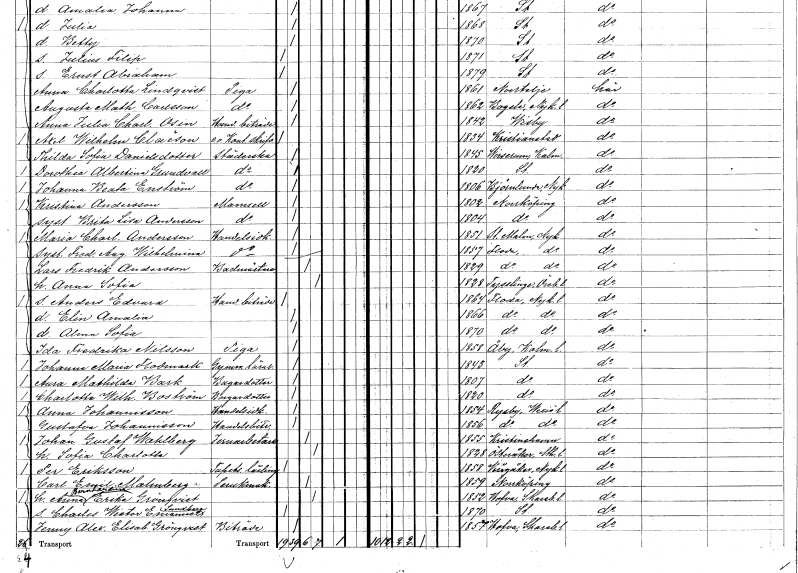
gt_parse: households: individuals: FN: Kristina
EN: Andersson
KON: K
CIV: O
FODAR: 1802
FODFORS: Norrköping Östergötlands län
FN: Brita Lisa
EN: Andersson
KON: K
CIV: O
FODAR: 1804
FODFORS: Norrköping Östergötlands län
FN: Maria Charlotta
EN: Andersson
YRKE: Handelsidkare
KON: K
CIV: O
FODAR: 1851
FODFORS: Stora Malm Södermanlands län
FN: Fredrika Augusta Wilhelmina
YRKE: Handelsidkare
KON: K
CIV: O
FODAR: 1857
FODFORS: Floda Södermanlands län
FN: Lars Fredrik
EN: Andersson
YRKE: Badmästare
KON: M
CIV: G
FODAR: 1829
FODFORS: Floda Södermanlands län
FN: Anna Sofia
KON: K
CIV: G
FODAR: 1828
FODFORS: Tysslinge Örebro län
FN: Anders Edvard
YRKE: Handelsbiträde
KON: M
CIV: O
FODAR: 1864
FODFORS: Floda Södermanlands län
FN: Elin Amalia
KON: K
CIV: O
FODAR: 1866
FODFORS: Floda Södermanlands län
FN: Alma Sofia
KON: K
CIV: O
FODAR: 1870
FODFORS: Floda Södermanlands län
FN: Ida Fredrika
EN: Nilsson
YRKE: Piga
KON: K
CIV: O
FODAR: 1858
FODFORS: Åby Kalmar län
FN: Johanna Maria
EN: Flodmark
YRKE: Gymnastiklärare
KON: K
CIV: O
FODAR: 1843
FODFORS: Stockholm
FN: Aura Mathilda
EN: Bark
YRKE: Bagaredotter
KON: K
CIV: O
FODAR: 1807
FODFORS: Stockholm
FN: Charlotta Wilhelmina
EN: Boström
YRKE: Bagaredotter
KON: K
CIV: O
FODAR: 1820
FODFORS: Stockholm
FN: Anna
EN: Johannisson
YRKE: Handelsidkare
KON: K
CIV: O
FODAR: 1854
FODFORS: Ryssby Kalmar län
FN: Gustafva
EN: Johannisson
YRKE: Handelsbiträde
KON: K
CIV: O
FODAR: 1856
FODFORS: Ryssby Kalmar län
FN: Johan Gustaf
EN: Wahlberg
YRKE: Järnarbetare
KON: M
CIV: G
FODAR: 1855
FODFORS: Kristinehamn Värmlands län
FN: Sofia Charlotta
KON: K
CIV: G
FODAR: 1828
FODFORS: Österåker Stockholms län
FN: Per
EN: Eriksson
YRKE: Tapetserarelärling
KON: M
CIV: O
FODAR: 1858
FODFORS: Vingåker Södermanlands län
FN: Carl Emil
EN: Malmberg
YRKE: Perukmakare
KON: M
CIV: G
FODAR: 1859
FODFORS: Norrköping Östergötlands län
FN: Anna Bernhardina
EN: Grönqvist
KON: K
CIV: G
FODAR: 1852
FODFORS: Hova Skaraborgs län
FN: Charles Wictor Emanuel
EN: Sundberg
KON: M
CIV: O
FODAR: 1870
FODFORS: Stockholm
FN: Jenny Alexandra Elisabet
EN: Grönqvist
YRKE: Biträde
KON: K
CIV: O
FODAR: 1857
FODFORS: Hova Skaraborgs län